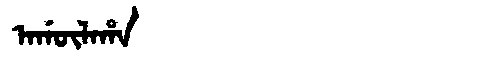
Manchu: ᠠᡤᡡᠯᠠᡥᠠ
Romanization: AGŪLAHA